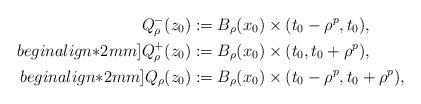
LaTeX: \begin{align*}Q^{-}_{\rho}(z_0)&:=B_\rho(x_0)\times (t_0-\rho^p,t_0),\\begin{align*}2mm]Q^{+}_{\rho}(z_0)&:=B_\rho(x_0)\times (t_0,t_0+\rho^p), \\begin{align*}2mm]Q_{\rho}(z_0)&:=B_\rho(x_0)\times (t_0-\rho^p,t_0+\rho^p),\end{align*}